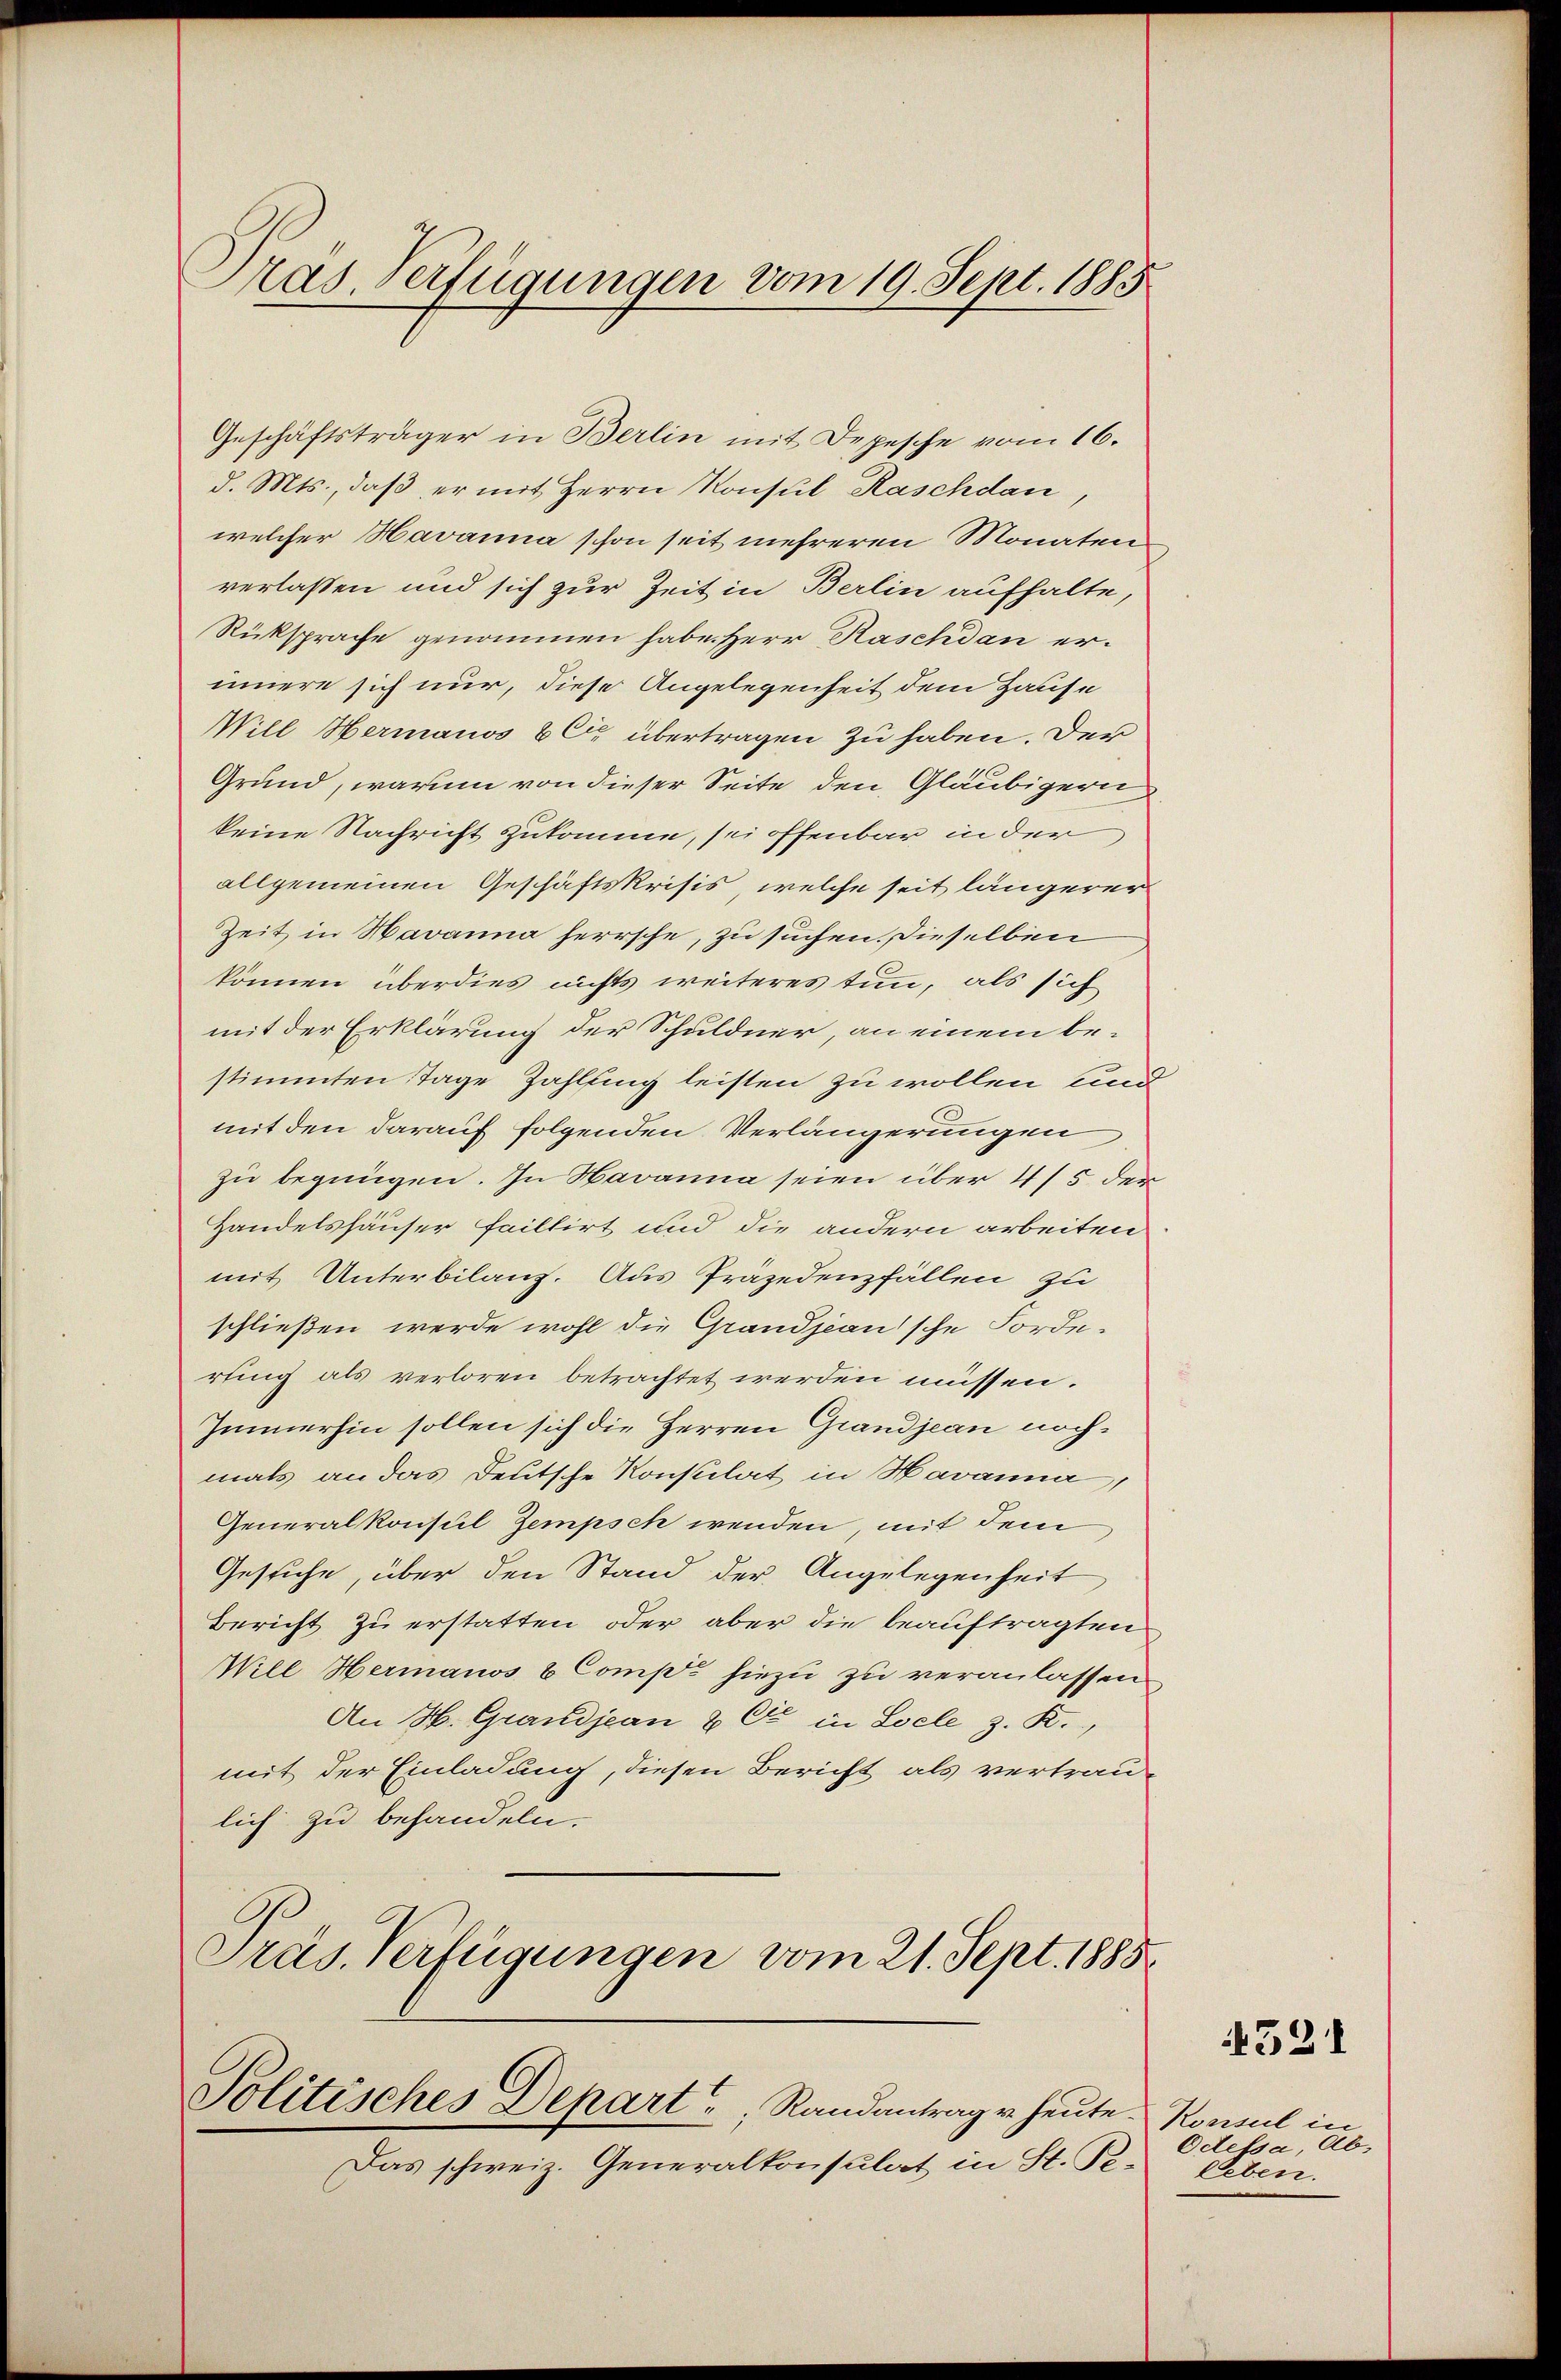
Tras. Verfügungen vom 19. Sept. 1885

Geschäftsträger in Berlin mit Depesche vom 16.
d. Mts., daß er mit Herrn Konsul Kaschdau,
welcher Havanna schon seit mehreren Monaten
verlaßen und sich zur Zeit in Berlin aufhalte,
Rüksprache genommen habe. Herr Raschdan er-
innere sich nur, diese Angelegenheit dem Hause
Will Hermanos & Cie übertragen zu haben. Der
Grund, warum von dieser Seite den Gläubigern
keine Nachricht zukomme, sei offenbar in der
allgemeinen Geschäftskrisis, welche seit längerer
Zeit in Havanna herrsche, zu suchen. Dieselben
können überdies nichts weiteres tun, als sich
mit der Erklärung der Schuldner, an einem bestimmten Tage Zahlfing leisten zu wollen und
mit den darauf folgenden Verlängerungen
zu begnügen. In Havanna seien über 4/5 der
Handelshäuser faillirt und die andern arbeiten
mit Unterbilanz. Aus Präjedenzfällen zu
schließen werde wohl die Grandjeanische Forderting als verloren betrachtet werden müssen.
Immerhin sollen sich die Herren Grandjean nochmals an das Deutsche Konsulat in Havanna,
Generalkonsul Zempsch wenden, mit dem
Gesuche, über den Stand der Angelegenheit
Bericht zu erstatten, oder aber die beauftragten
Will Hermanos & Comp. hiezu zu veranlassen
An H. Grandjean & Cie in Loele z. B.,
mit der Einladung, diesen Bericht als vertraulich zu behandeln.
Präs. Verfügungen vom 21. Sept. 1885.

Politisches Depart Randantrag u. heute.

Das schweiz. Generalkonsulat in St. Pe-

521

Konsul in
Odessa, Ableben.